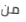
من